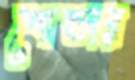
শোল্ডার